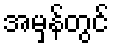
အမှန်တွင်